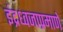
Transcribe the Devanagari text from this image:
इंद्रध्वजाप्रमाणे